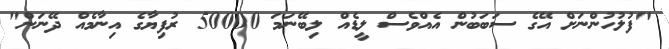
"ފުލުހުންނަށް އޭގެ ސަބަބުން އެއްވެސް ލީޑެއް ލިބޭނަމަ 50000 ރުފިޔާގެ އިނާމެއްް ދޭނަން"